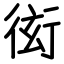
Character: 衒